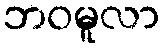
ဘဝမူလာ